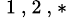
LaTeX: ^{\mathrm{~1~,~2~,~*~}}